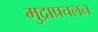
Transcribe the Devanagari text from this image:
मुद्राप्रचलन